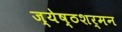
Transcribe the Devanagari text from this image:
ज्येष्ठशर्मन